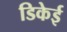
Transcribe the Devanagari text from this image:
डिकेई